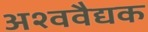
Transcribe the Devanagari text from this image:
अश्ववैद्यक